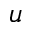
u